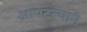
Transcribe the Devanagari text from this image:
आपटल्याने